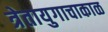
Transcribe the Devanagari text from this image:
त्रेतायुगाचाकाळ